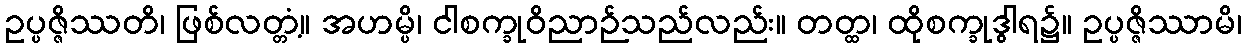
ဥပ္ပဇ္ဇိဿတိ၊ ဖြစ်လတ္တံ့။ အဟမ္ပိ၊ ငါစက္ခုဝိညာဉ်သည်လည်း။ တတ္ထ၊ ထိုစက္ခုဒွါရ၌။ ဥပ္ပဇ္ဇိဿာမိ၊